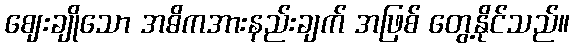
ဈေးချိုသော အဓိကအားနည်းချက် အဖြစ် တွေ့နိုင်သည်။